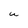
Character: U